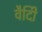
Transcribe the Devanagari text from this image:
वैदीि